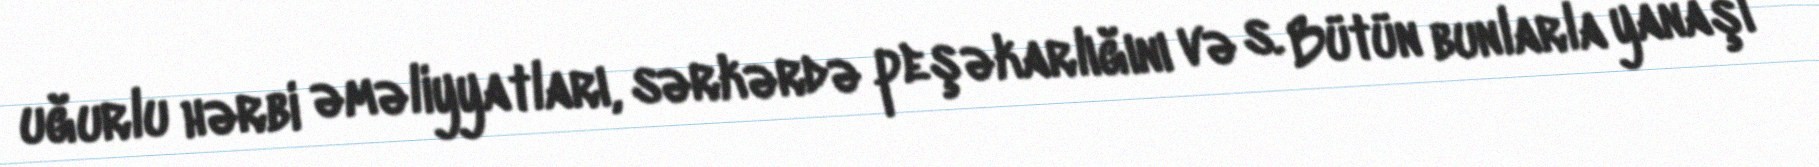
uğurlu hərbi əməliyyatları, sərkərdə peşəkarlığını və s. Bütün bunlarla yanaşı